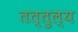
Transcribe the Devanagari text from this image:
तत्तुल्य